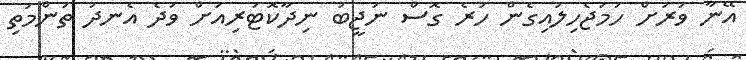
އޭނާ ވަރަށް ހަމަޖެހިލައިގެން ހުރެ ގޮސް ނަޖީބު ނިދާކޮޓަރިއަށް ވަދެ އެނދު ތަންމަތި